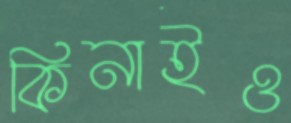
কিনাইও